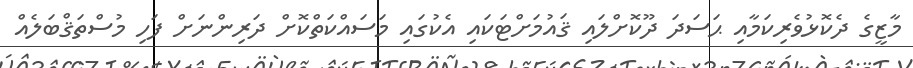
މާޒީގެ ދެކޮޅުވެރިކަމާއި ޙަސަދަ ދޫކޮށްލައި ޤައުމަށްޓަކައި އެކުގައި މަސައްކަތްކޮށް ދަރިންނަށް ފަހި މުސްތަޤްބަލެއް